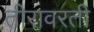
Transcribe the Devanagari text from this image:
तीरावरती